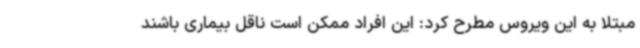
مبتلا به این ویروس مطرح کرد: این افراد ممکن است ناقل بیماری باشند